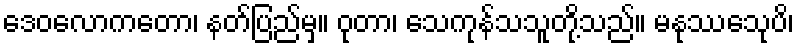
ဒေဝလောကတော၊ နတ်ပြည်မှ။ ဝုတာ၊ သေကုန်သသူတို့သည်။ မနုဿေသုပိ၊